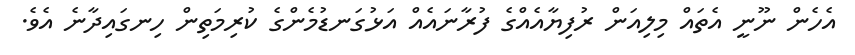
އެހެން ނޫނީ އެތައް މިލިއަން ރުފިޔާއެއްގެ ފުރާނައެއް އަޅުގަނޑުމެންގެ ކުރިމަތިން ހިނގައިދާނެ އެވެ.